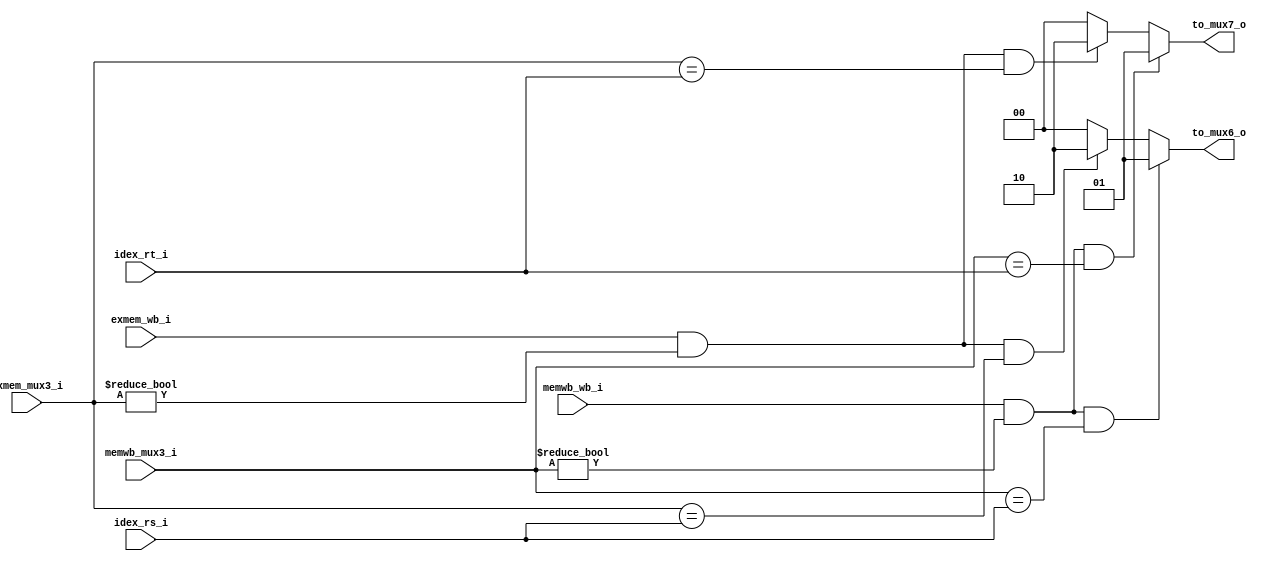
module FORWARDUNIT
(
  idex_rs_i, 
	idex_rt_i,   
	exmem_mux3_i,
	exmem_wb_i,  
	memwb_mux3_i,
	memwb_wb_i,  

	to_mux6_o,   
	to_mux7_o   

);

input [4:0] idex_rs_i;
input [4:0] idex_rt_i;
input [4:0] exmem_mux3_i;
input exmem_wb_i;
input [4:0] memwb_mux3_i;
input memwb_wb_i;

output [1:0] to_mux6_o;
output [1:0] to_mux7_o;

reg [1:0] to_mux6_o;
reg [1:0] to_mux7_o;

always@(*)begin
    to_mux6_o=2'b00;
    to_mux7_o=2'b00;
   if( ((exmem_wb_i) && (exmem_mux3_i != 0)) && (exmem_mux3_i == idex_rs_i) )
      begin
		    to_mux6_o = 2'b10;
		  end
    if( ((exmem_wb_i) && (exmem_mux3_i != 0)) && (exmem_mux3_i == idex_rt_i) )
      begin
		    to_mux7_o = 2'b10;
    end
    if( ((memwb_wb_i) && (memwb_mux3_i != 0)) && (memwb_mux3_i == idex_rs_i )  )
	  	begin
        to_mux6_o = 2'b01;
	  	end
    if( ((memwb_wb_i) && (memwb_mux3_i != 0)) && (memwb_mux3_i == idex_rt_i ) )
      begin
	      to_mux7_o = 2'b01;
	    end
end

endmodule